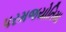
પરમજયોતિમા